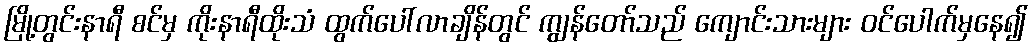
မြို့တွင်းနာရီ စင်မှ ကိုးနာရီထိုးသံ ထွက်ပေါ်လာချိန်တွင် ကျွန်တော်သည် ကျောင်းသားများ ဝင်ပေါက်မှနေ၍